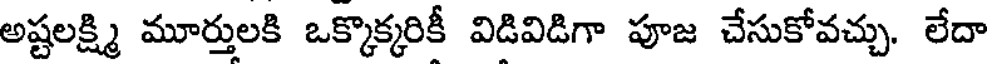
అష్టలక్ష్మి మూర్తులకి ఒక్కొక్కరికీ విడివిడిగా పూజ చేసుకోవచ్చు. లేదా